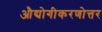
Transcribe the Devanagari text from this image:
औद्योगीकरणोत्तर